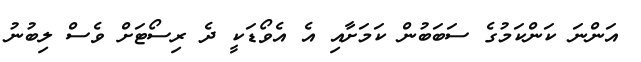
އަންނަ ކަންކަމުގެ ސަބަބުން ކަމަށާއި އެ އެވޯޑަކީ ދެ ރިސޯޓަށް ވެސް ލިބުނު